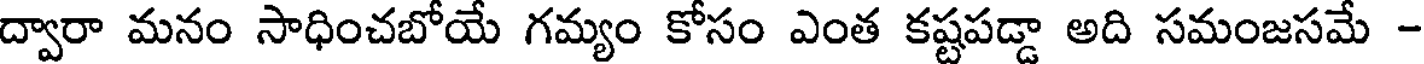
ద్వారా మనం సాధించబోయే గమ్యం కోసం ఎంత కష్టపడ్డా అది సమంజసమే -